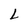
Character: L